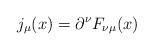
LaTeX: \begin{align*}j_\mu (x) = \partial^\nu F_{\nu \mu}(x) \end{align*}